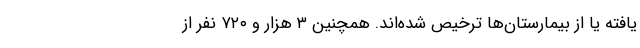
یافته یا از بیمارستان‌ها ترخیص شده‌اند. همچنین ۳ هزار و ۷۲۰ نفر از